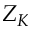
Z _ { K }